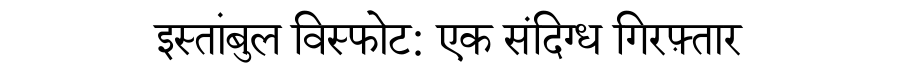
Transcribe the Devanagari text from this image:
इस्तांबुल विस्फोट: एक संदिग्ध गिरफ़्तार